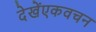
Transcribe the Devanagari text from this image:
देखेंएकवचन